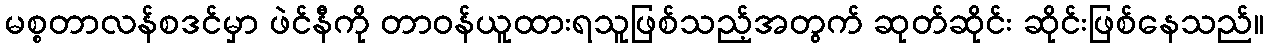
မစ္စတာလန်စဒင်မှာ ဖဲင်နီကို တာဝန်ယူထားရသူဖြစ်သည့်အတွက် ဆုတ်ဆိုင်း ဆိုင်းဖြစ်နေသည်။